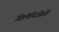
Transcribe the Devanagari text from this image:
डिलेनिअेसी